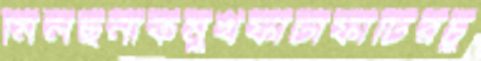
মিলছনাকমুখফাটাফাটিরচু